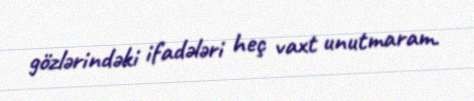
gözlərindəki ifadələri heç vaxt unutmaram.